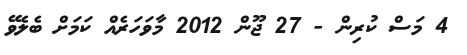
4 މަސް ކުރިން - 27 ޖޫން 2012 މާވަހަރެއް ކަމަށް ބެލެވޭ